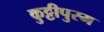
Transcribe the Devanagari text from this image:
कुट्टीपुरम